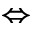
\Leftrightarrow